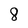
Character: 8